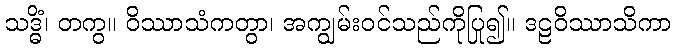
သဒ္ဓိံ၊ တကွ။ ဝိဿာသံကတွာ၊ အကျွမ်းဝင်သည်ကိုပြု၍။ ဒဠဝိဿာသိကာ